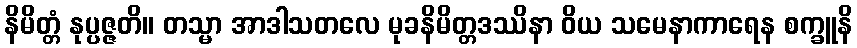
နိမိတ္တံ နုပ္ပဇ္ဇတိ။ တသ္မာ အာဒါသတလေ မုခနိမိတ္တဒဿိနာ ဝိယ သမေနာကာရေန စက္ခူနိ